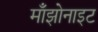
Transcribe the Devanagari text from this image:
माँझोनाइट